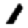
Digit: 1